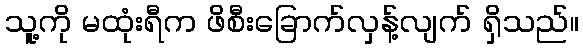
သူ့ကို မထုံးရီက ဖိစီးခြောက်လှန့်လျက် ရှိသည်။